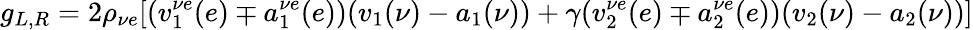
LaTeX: g_{L,R}=2\rho_{\nu e}[(v_{1}^{\nu e}(e)\mp a_{1}^{\nu e}(e))(v_{1}(\nu)-a_{1}(\nu))+\gamma(v_{2}^{\nu e}(e)\mp a_{2}^{\nu e}(e))(v_{2}(\nu)-a_{2}(\nu))]